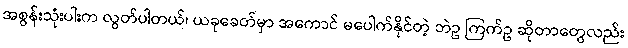
အစွန်းသုံးပါးက လွတ်ပါတယ်၊ ယခုခေတ်မှာ အကောင် မပေါက်နိုင်တဲ့ ဘဲဥ ကြက်ဥ ဆိုတာတွေလည်း